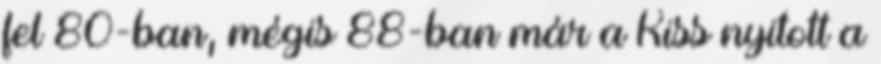
fel 80-ban, mégis 88-ban már a Kiss nyitott a